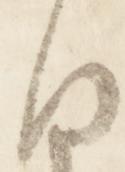
日